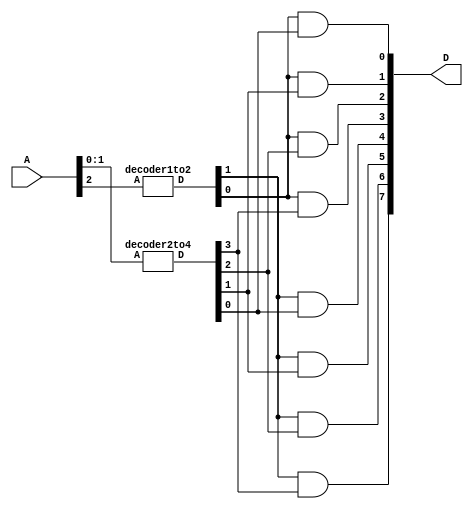
// 3-to-8 Line Decoder
// 8 AND Gates on the output.
// 1 x 2-to-4 Line Decoder and 1 x 1-to-2 Line Decoder.
module decoder3to8(A, D);

input [2:0] A;
output [7:0] D;

wire [5:0] W;

decoder2to4 u0(.A(A[1:0]), .D(W[3:0]));
decoder1to2 u1(.A(A[2]), .D(W[5:4]));

assign D[7] = W[5] & W[3]; 
assign D[6] = W[5] & W[2]; 
assign D[5] = W[5] & W[1]; 
assign D[4] = W[5] & W[0]; 
assign D[3] = W[4] & W[3];
assign D[2] = W[4] & W[2];  
assign D[1] = W[4] & W[1]; 
assign D[0] = W[4] & W[0]; 
endmodule

module decoder2to4(A,D);

input [1:0] A;
output [3:0] D;

wire [3:0] W;

decoder1to2 U0(.A(A[0]), .D(W[1:0]));
decoder1to2 U1(.A(A[1]), .D(W[3:2]));

assign D[3] = W[3] & W[1];
assign D[2] = W[3] & W[0];
assign D[1] = W[2] & W[1];
assign D[0] = W[2] & W[0];


endmodule

module decoder1to2(A,D);

input A;
output[1:0] D;

assign D[1] = A;
assign D[0] = ~A;


endmodule